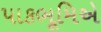
પાકભૂમિએ